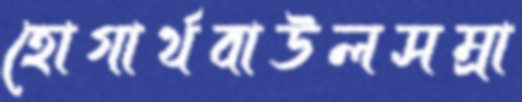
হোগার্থবাউলসম্রা